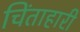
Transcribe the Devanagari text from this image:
चिंताहारी